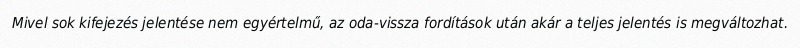
Mivel sok kifejezés jelentése nem egyértelmű, az oda-vissza fordítások után akár a teljes jelentés is megváltozhat.